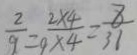
\frac { 2 } { 9 } = \frac { 2 \times 4 } { 9 \times 4 } = \frac { 8 } { 3 1 }